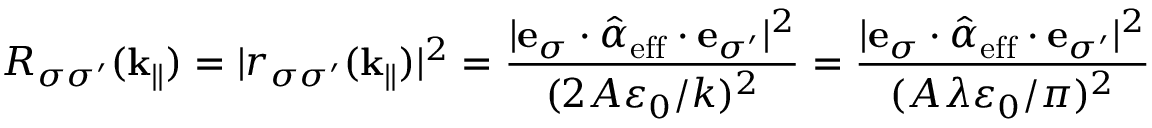
R _ { \sigma \sigma ^ { \prime } } ( \mathbf { k } _ { \| } ) = | r _ { \sigma \sigma ^ { \prime } } ( \mathbf { k } _ { \| } ) | ^ { 2 } = \frac { | \mathbf { e } _ { \sigma } \cdot \hat { \boldsymbol { \alpha } } _ { \mathrm { e f f } } \cdot \mathbf { e } _ { \sigma ^ { \prime } } | ^ { 2 } } { ( 2 A \varepsilon _ { 0 } / k ) ^ { 2 } } = \frac { | \mathbf { e } _ { \sigma } \cdot \hat { \boldsymbol { \alpha } } _ { \mathrm { e f f } } \cdot \mathbf { e } _ { \sigma ^ { \prime } } | ^ { 2 } } { ( A \lambda \varepsilon _ { 0 } / \pi ) ^ { 2 } }